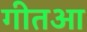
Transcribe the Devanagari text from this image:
गीतआ